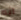
انه